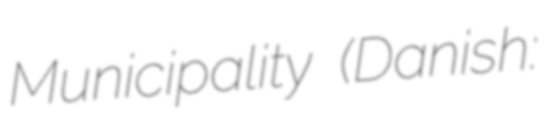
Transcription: Municipality (Danish: